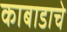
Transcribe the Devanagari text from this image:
काबाडाचे